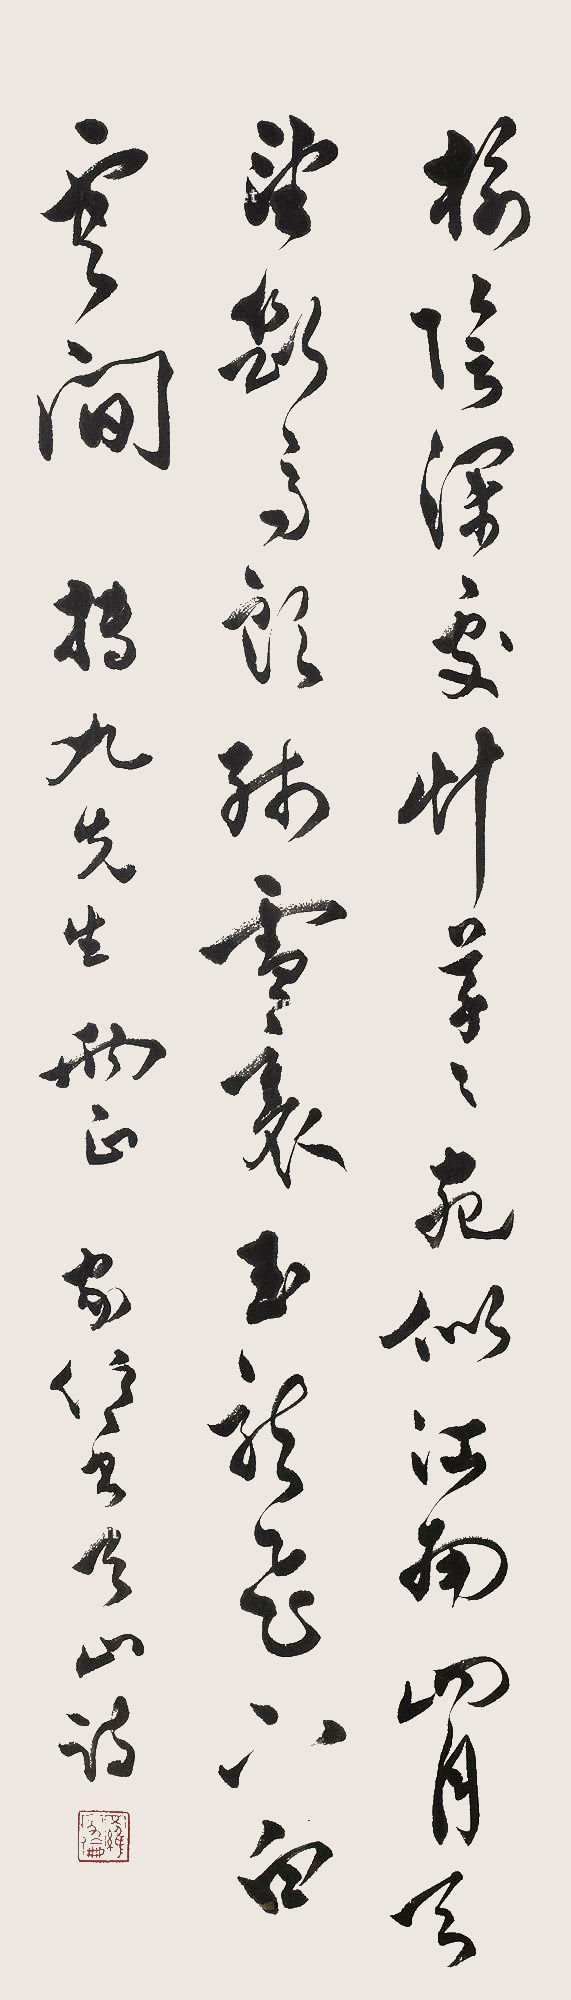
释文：榆阴深处草芊芊，宛似江南四月天。望断马头残雪里，玉龙飞下白云间。抟九先生两正，家伦书天山诗。